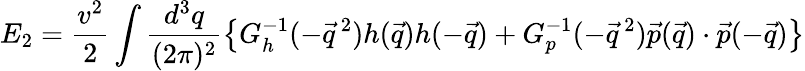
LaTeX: E_{2}=\frac{v^{2}}{2}\int\frac{d^{3}q}{(2\pi)^{2}}\left\{ G_{h}^{-1}(-\vec{q}\, ^{2})h(\vec{q})h(-\vec{q})+G_{p}^{-1}(-\vec{q}\, ^{2})\vec{p}(\vec{q})\cdot\vec{p}(-\vec{q})\right\}